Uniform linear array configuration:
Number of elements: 8
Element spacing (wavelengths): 1
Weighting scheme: kaiser
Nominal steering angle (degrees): -60
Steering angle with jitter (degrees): -60.609
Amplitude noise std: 0.05
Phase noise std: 0.05

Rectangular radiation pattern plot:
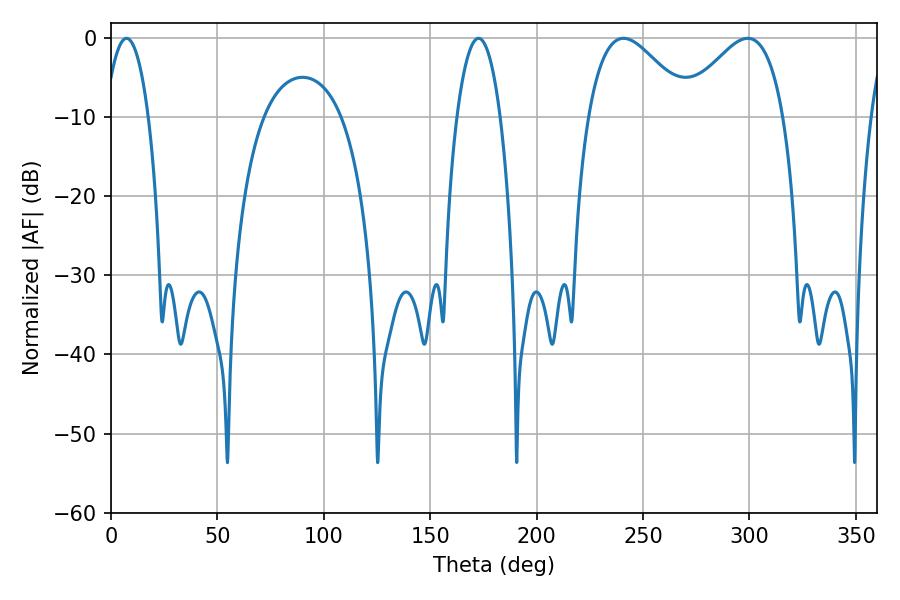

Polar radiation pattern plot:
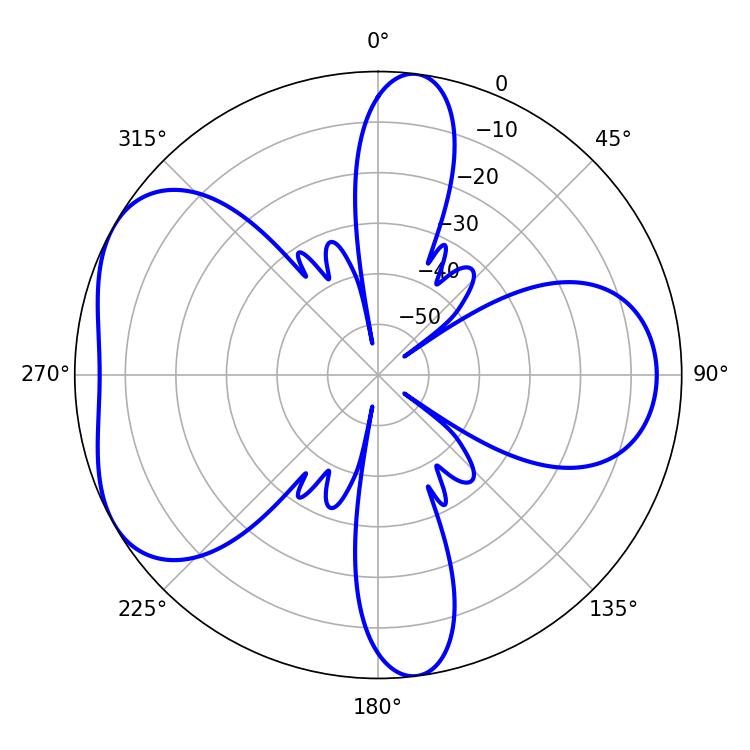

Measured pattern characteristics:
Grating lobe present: TRUE
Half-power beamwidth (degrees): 25.74
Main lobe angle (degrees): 299.16